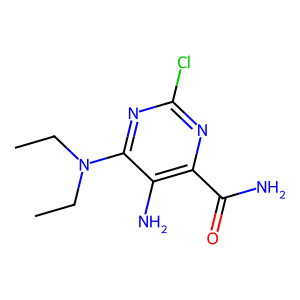
SMILES: CCN(CC)c1nc(Cl)nc(C(N)=O)c1N
Inhibits HIV replication: No